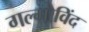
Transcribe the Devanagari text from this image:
गल्गोविंद